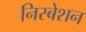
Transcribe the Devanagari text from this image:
निस्बेशन